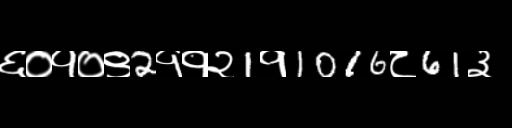
Text: ६०१०९2११२1१1016८61३